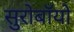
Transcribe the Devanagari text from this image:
सुरोबॉयो